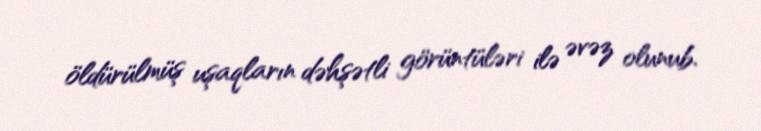
öldürülmüş uşaqların dəhşətli görüntüləri ilə əvəz olunub.